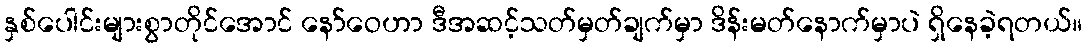
နှစ်ပေါင်းများစွာတိုင်အောင် နော်ဝေဟာ ဒီအဆင့်သတ်မှတ်ချက်မှာ ဒိန်းမတ်နောက်မှာပဲ ရှိနေခဲ့ရတယ်။